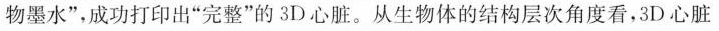
物墨水”，成功打印出”完整”的3D心脏。从生物体的结构层次角度看，3D心脏